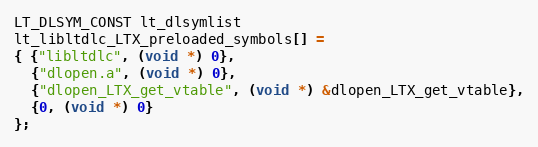
Language: C
LT_DLSYM_CONST lt_dlsymlist
lt_libltdlc_LTX_preloaded_symbols[] =
{ {"libltdlc", (void *) 0},
  {"dlopen.a", (void *) 0},
  {"dlopen_LTX_get_vtable", (void *) &dlopen_LTX_get_vtable},
  {0, (void *) 0}
};